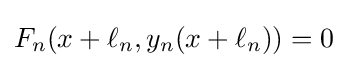
F_{n}(x+\ell _{n},y_{n}(x+\ell _{n}))=0